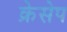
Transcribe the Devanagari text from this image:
क्रेसेप